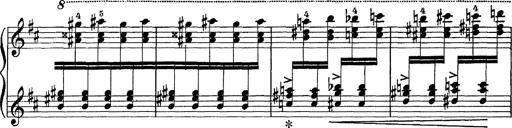
Title: Scherzo und Marsch
Composer: Franz Liszt